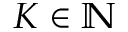
K \in \mathbb N